Calcutta medical institutions reports 1892-1900
Year: 1892
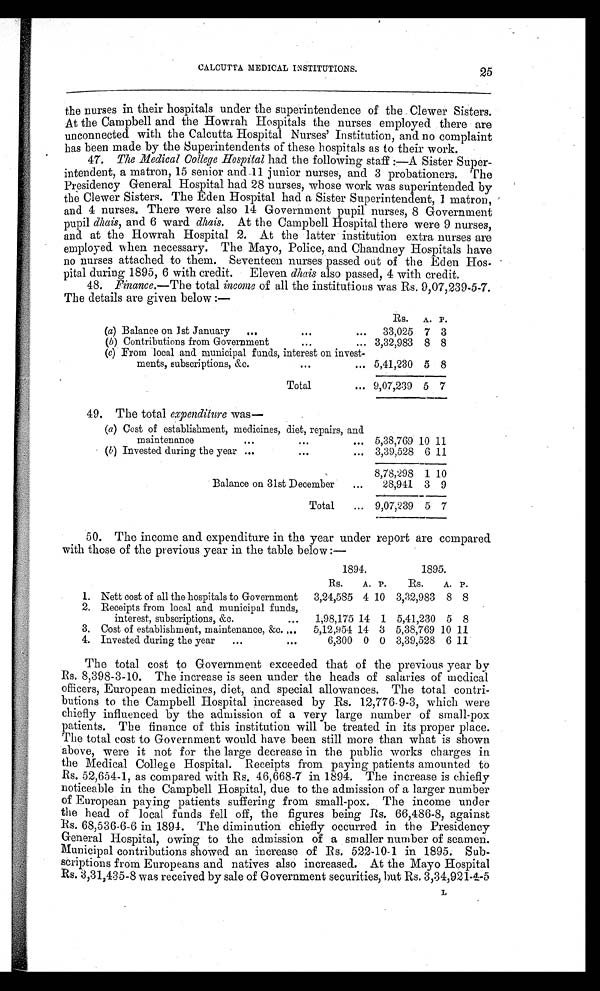
the nurses in their hospitals under the superintendence of the Clewer Sisters.
At the Campbell and the Howrah Hospitals the nurses employed there are
unconnected with the Calcutta Hospital Nurses' Institution, and no complaint
has been made by the Superintendents of these hospitals as to their work.
47. The Medical College Hospital had the following staff:—A Sister Super
-intendent, a matron, 15 senior and 11 junior nurses, and 3 probationers. The
Presidency General Hospital had 28 nurses, whose work was superintended by
the Clewer Sisters. The Eden Hospital had a Sister Superintendent, 1 matron,
and 4 nurses. There were also 14 Government pupil nurses, 8 Government
pupil dhais, and 6 ward dhais. At the Campbell Hospital there were 9 nurses,
and at the Howrah Hospital 2. At the latter institution extra nurses are
employed when necessary. The Mayo, Police, and Chandney Hospitals have
no nurses attached to them. Seventeen nurses passed out of the Eden Hos
-pital during 1895, 6 with credit. Eleven dhais also passed, 4 with credit.
48. Finance.—The total income of all the institutions was Rs, 9,07,239-5-7.
The details are given below :—
RS. A. P.
(a) Balance on 1st January
.
33,025 7 3
(b) Contributions from Government. 3,32,983 8 8
(c) From local and municipal funds, interest on invest-
ments, subscriptions, &c.
5,41,230 5 8
Total
9,07,239 5 7
49. The total expenditure w a s —
(a) Cost of establishment, medicines, diet, repairs, and
maintenance
.
5,38,769 10 11
(b) Invested during the year
3,39,528 6 11
8,78,298 1 10
Balance on 31st December
28,941 3 9
Total... 9,07,239 5 7
50. The income and expenditure in the year under report are compared
with those of the previous year in the table below:—
1894.
1895.
Rs.
A. P.
Rs.
A. P.
1. Nett cost of all the hospitals to Government
3,24,585 4 10 3,32,983 8 8
2. Receipts from local and municipal funds,
interest, subscriptions, &c
1,98,175 14 1 5,41,230 5 8
3. Cost of establishment, maintenance, &c.
5,12,954 14 3 5,38,769 10 11
4. Invested during the year
6,300 0 0 3,39,528 6 11
The total cost to Government exceeded that of the previous year by
Rs. 8,398-3-10. The increase is seen under the heads of salaries of medical
officers, European medicines, diet, and special allowances. The total contri
-butions to the Campbell Hospital increased by Rs. 12,776-9-3, which were
chiefly influenced by the admission of a very large number of small-pox
patients. The finance of this institution will be treated in its proper place.
The total cost to Government would have been still more than what is shown
above, were it not for the large decrease in the public works charges in
the Medical College Hospital. Receipts from paying patients amounted to
Rs. 52,654-1, as compared with Rs. 46,668-7 in 1894. The increase is chiefly
noticeable in the Campbell Hospital, due to the admission of a larger number
of European paying patients suffering from small-pox. The income under
the head of local funds fell off, the figures being Rs. 66,486-8, against
Rs. 68,536-6-6 in 1894. The diminution chiefly occurred in the Presidency
General Hospital, owing to the admission of a smaller number of seamen.
Municipal contributions showed an increase of Rs. 522-10-1 in 1895. Sub
-scriptions from Europeans and natives also increased. At the Mayo Hospital
Rs. 3,31,435-8 was received by sale of Government securities, but Rs. 3,34,921-4-5
25